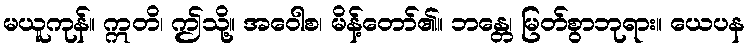
မယူကုန်။ ဣတိ၊ ဤသို့။ အဝေါစ၊ မိန့်တော်၏။ ဘန္တေ၊ မြတ်စွာဘုရား။ ယေပန